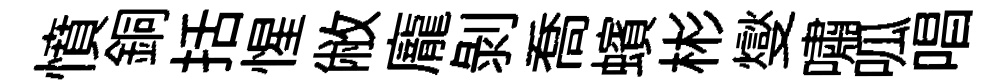
憤銅括惺敝龐剥喬蠙彬燮嘯呱唱